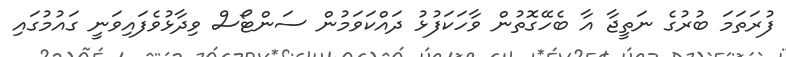
ފުރަތަމަ ބުރުގެ ނަތީޖާ އާ ބެހޭގޮތުން ވާހަކަފުޅު ދައްކަވަމުން ސަންޓޯސް ވިދާޅުވެފައިވަނީ ގައުމުގައި